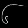
Digit: ၆